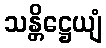
သန္တိဋ္ဌေယျံ